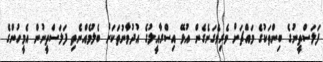
ފަލަސްތީނުގެ ބިންތަކުގެ މައްޗަށް ވެރިވެގަނެގެން އުޅޭ އިސްރާއީލުގެ އުދުވާނުތަކަށް ބެލުމެއްނެތި ފަލަސްތީނުން އެމީހުންގެ